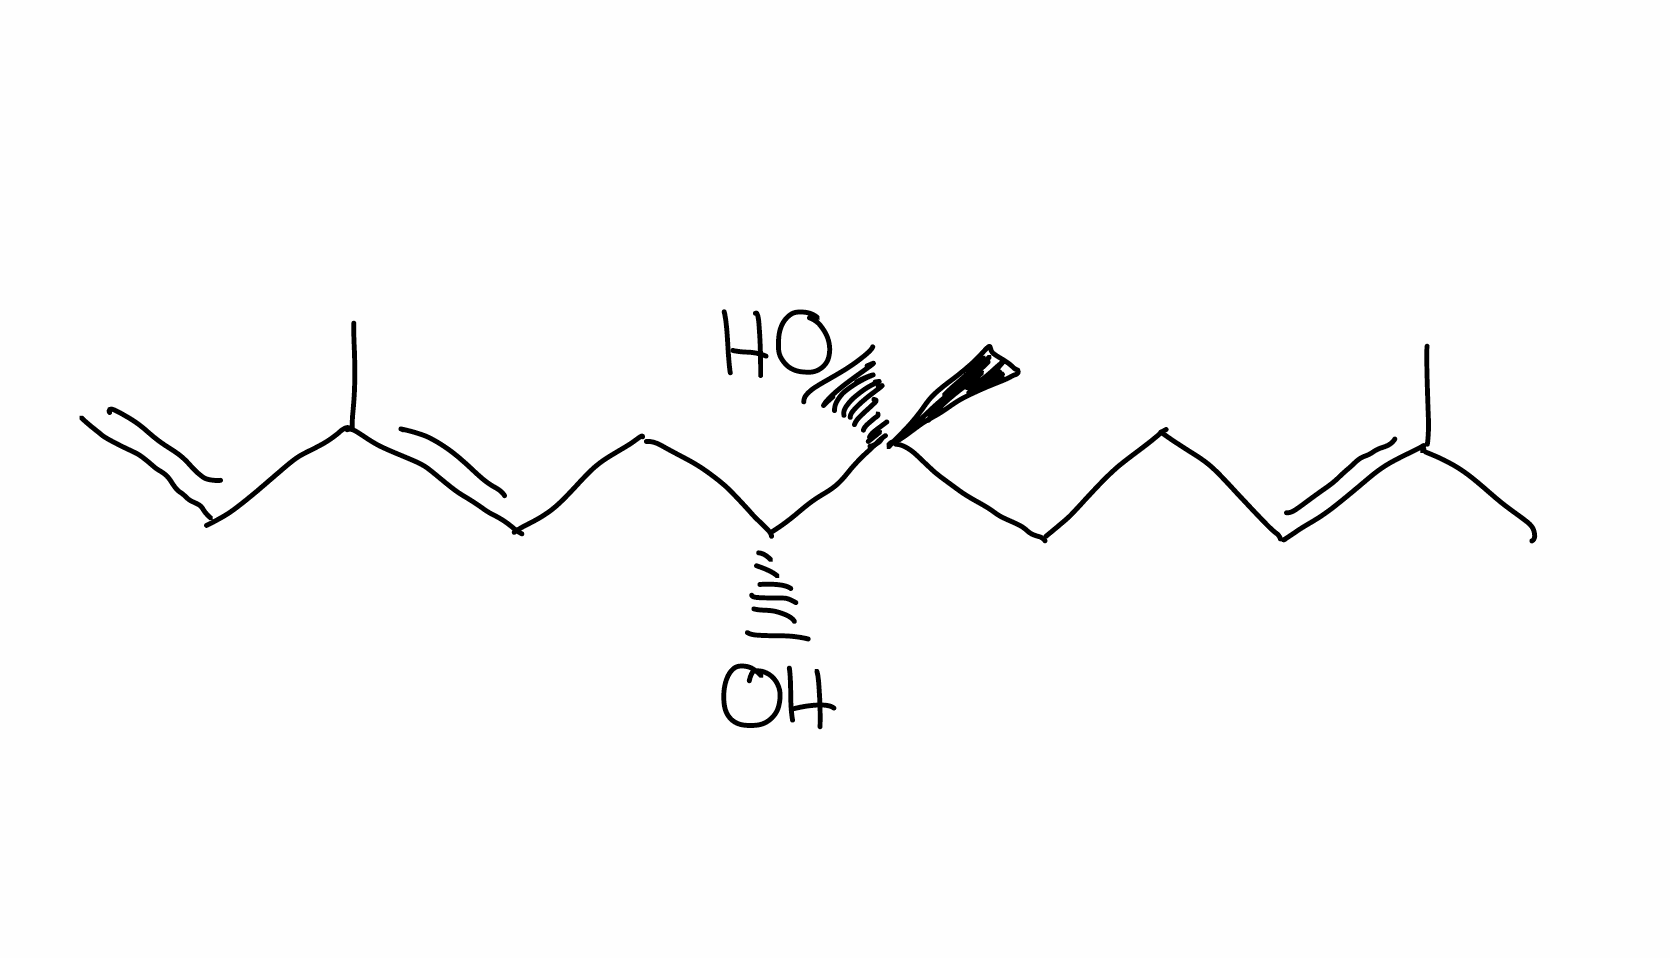
Simplified molecular-input line-entry system (SMILES) notation of the given molecule:
CC(=CCC[C@](C)([C@@H](C/C=C(\C)/C=C)O)O)C